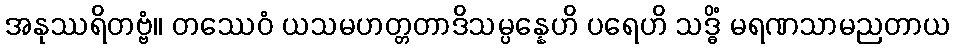
အနုဿရိတဗ္ဗံ။ တဿေဝံ ယသမဟတ္တတာဒိသမ္ပန္နေဟိ ပရေဟိ သဒ္ဓိံ မရဏသာမညတာယ